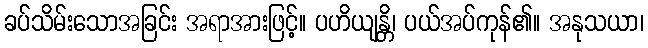
ခပ်သိမ်းသောအခြင်း အရာအားဖြင့်။ ပဟိယျန္တိ၊ ပယ်အပ်ကုန်၏။ အနုသယာ၊